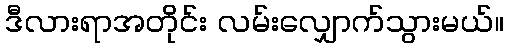
ဒီလားရာအတိုင်း လမ်းလျှောက်သွားမယ်။